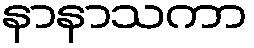
နာနာသကာ